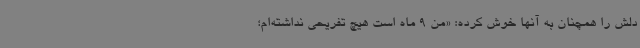
دلش را همچنان به آنها خوش کرده: «من 9 ماه است هیچ تفریحی نداشته‌ام؛